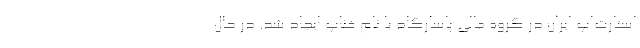
استارت­اپ ایران در گروه مالی پاسارگاد با نام فناپ ایجاد شد. در حال